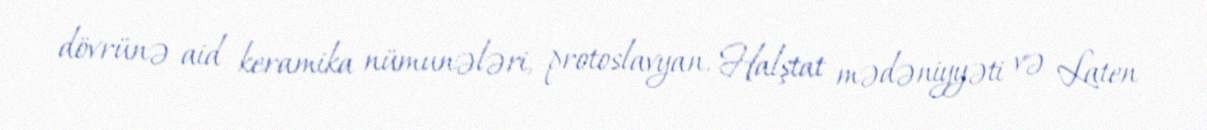
dövrünə aid keramika nümunələri, protoslavyan, Halştat mədəniyyəti və Laten